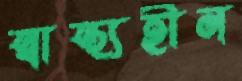
স্বাস্থ্যহীন